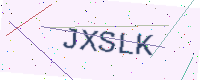
Text: JXSLK